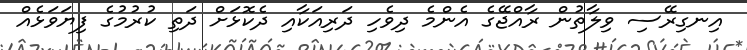
އިނގިރޭސި ވިލާތުން ރާއްޖޭގެ އެންމެ ދިވެހި ދަރިއަކާއި ދެކޮޅަށް ދަތި ކުރުމުގެ ފިޔަވަޅެއް